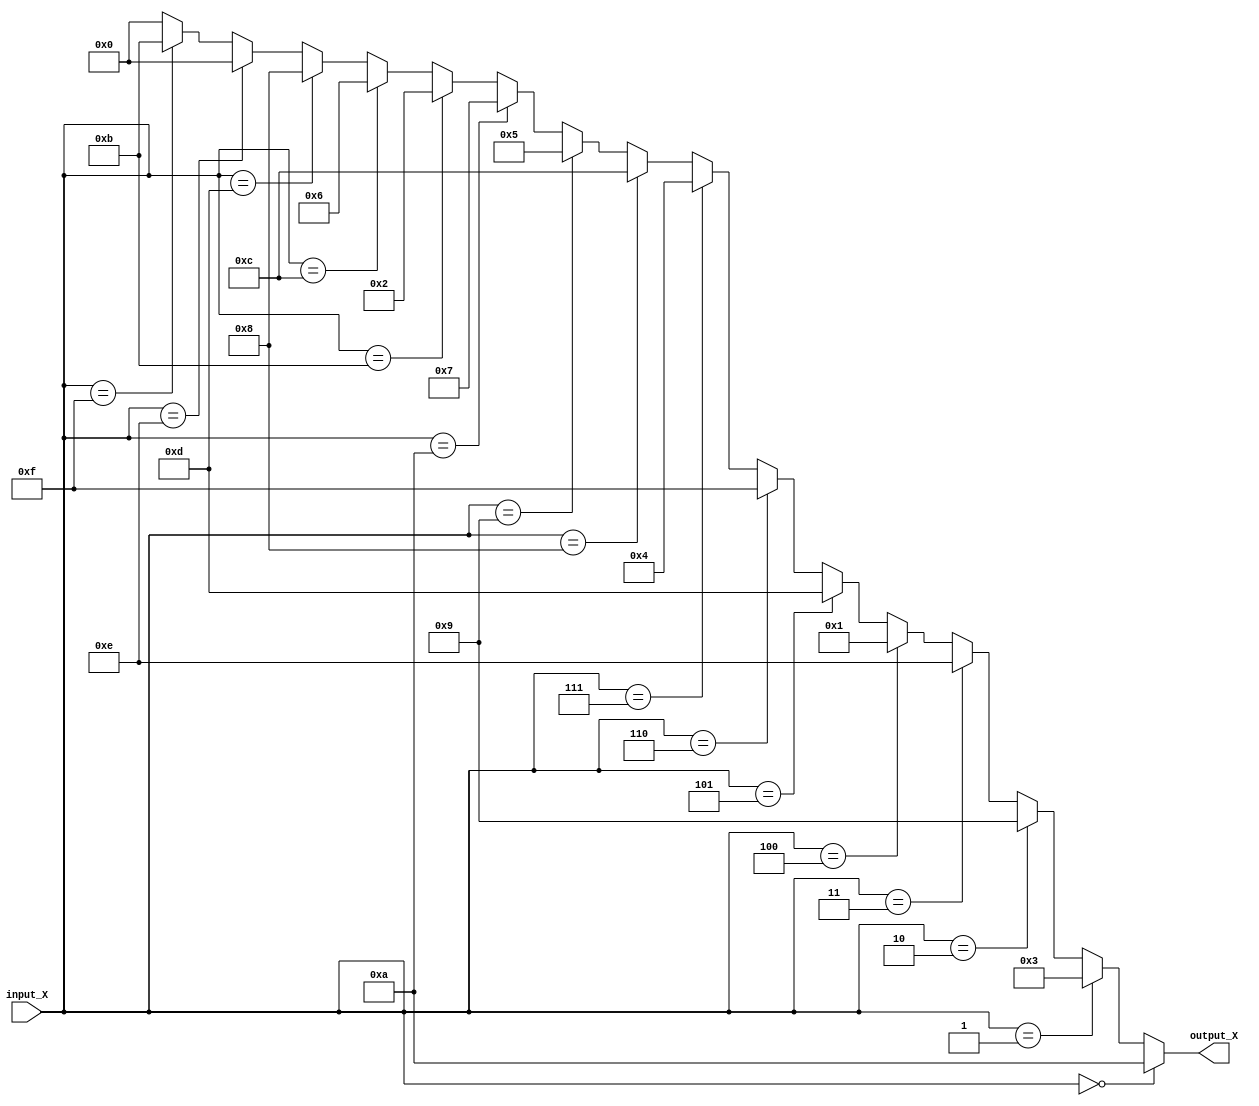
`timescale 1ns / 1ps

module S_BOX_Rev(
    input  [3:0] input_X,
    output [3:0] output_X
);



assign      output_X = (input_X ==  4'b0000) ? 4'b1010 :  // 0 >> A
                       (input_X ==  4'b0001) ? 4'b0011 :  // 1 >> 3  
                       (input_X ==  4'b0010) ? 4'b1001 :  // 2 >> 9
                       (input_X ==  4'b0011) ? 4'b1110 :  // 3 >> E
                       (input_X ==  4'b0100) ? 4'b0001 :  // 4 >> 1
                       (input_X ==  4'b0101) ? 4'b1101 :  // 5 >> D
                       (input_X ==  4'b0110) ? 4'b1111 :  // 6 >> F
                       (input_X ==  4'b0111) ? 4'b0100 :  // 7 >> 4
                       (input_X ==  4'b1000) ? 4'b1100 :  // 8 >> C
                       (input_X ==  4'b1001) ? 4'b0101 :  // 9 >> 5
                       (input_X ==  4'b1010) ? 4'b0111 :  // A >> 7
                       (input_X ==  4'b1011) ? 4'b0010 :  // B >> 2
                       (input_X ==  4'b1100) ? 4'b0110 :  // C >> 6
                       (input_X ==  4'b1101) ? 4'b1000 :  // D >> 8
                       (input_X ==  4'b1110) ? 4'b0000 :  // E >> 0
                       (input_X ==  4'b1111) ? 4'b1011 :  // F >> B
                       4'b0000; 

endmodule